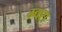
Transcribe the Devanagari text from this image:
म्क्स